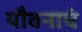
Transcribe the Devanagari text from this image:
यौवनाचं